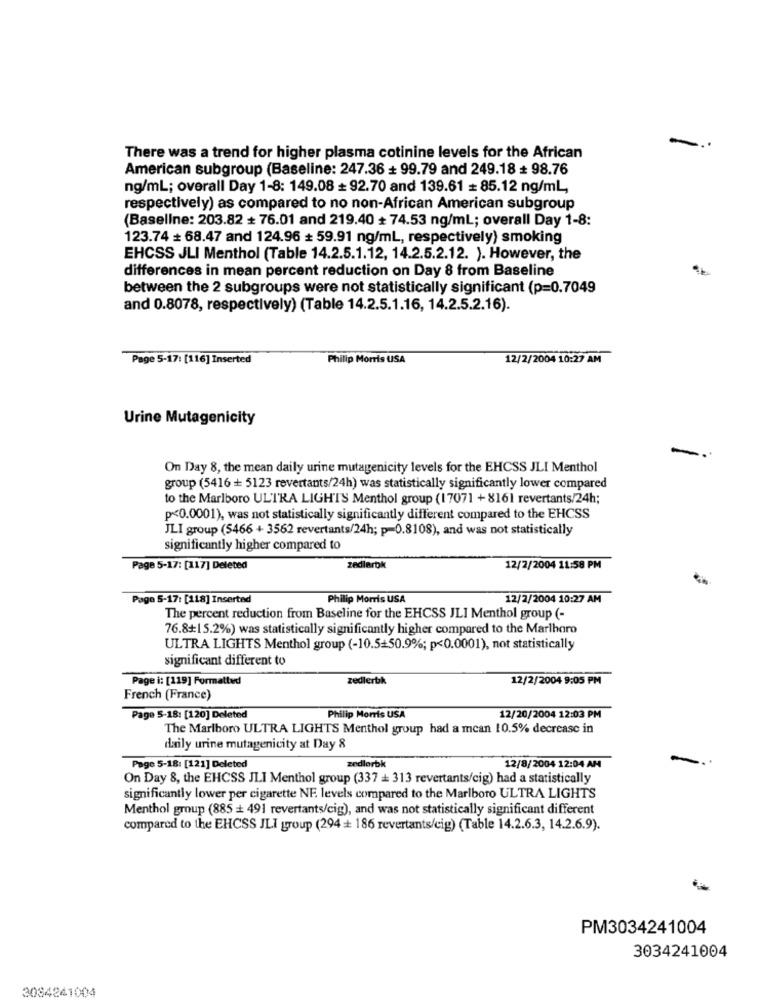
There was a trend for higher plasma cotinine levels for the African
American subgroup (Baseline: 247.36 + 99.79 and 249.18 + 98.76
ng/ml; overall Day 1-8: 149.08 = 92.70 and 139.61 # 85.12 ng/ml
respectively) as compared to no non-African American subgroup
(Baseline: 203.82 + 76.01 and 219.40 + 74.53 ng/ml; overall Day 1-8:
123.74 + 68.47 and 124.96 + 59.91 ng/ml, respectively) smoking
EHCSS JLI Menthol (Table 14.2.5.1.12, 14.2.5.2.12. ). However, the
differences in mean percent reduction on Day 8 from Baseline
between the 2 subgroups were not statistically significant (p=0.7049
and 0.8078, respectively) (Table 14.2.5.1.16, 14.2.5.2.16).
Page 5-17: [116] Inserted
Philip Morris USA
12/2/2004 10:27 AM
Urine Mutagenicity
On Day 8, the mean daily urine mutagenicity levels for the EHCSS JLI Menthol
group (5416 + 5123 revertants/24h) was statistically significantly lower compared
to the Marlboro ULTRA LIGHTS Menthol group (17071 +8161 revertants/24h;
p<0.0001), was not statistically significantly different compared to the EHCSS
JLI group (5466 + 3562 revertants/24h; p=0.8108), and was not statistically
significantly higher compared to
Page 5-17: [117] Deleted
zedlarbk
12/2/2004 11:58 PM
Pago 5-17: [118] Inserted
Philip Morris USA
12/2/2004 10:27 AM
The percent reduction from Baseline for the EHCSS JLI Menthol group (-
76.8+15.2%) was statistically significantly higher compared to the Marlharo
ULTRA LIGHTS Menthol group (-10.5+50.9%; p<0.0001), not statistically
significant different to
Page i: [119] Formatted
zedlerbk
12/2/2004 9:05 PM
French (France)
Page 5-18: [120] Deleted
Philip Morris USA
12/20/2004 12:03 PM
The Marlboro ULTRA LIGHTS Menthol group had a mean 10.5% decrease in
daily urine mutagenicity at Day 8
Page 5-18: [12] Deleted
zedlorbk
12/8/2004 12:04 AM
On Day 8, the EHCSS JLI Menthol group (337 + 313 revertants/cig) had a statistically
significantly lower per cigarette NF. levels compared to the Marlboro ULTRA LIGHTS
Menthol group (885 + 491 revertants/cig), and was not statistically significant different
compared to the EHCSS JLI group (294 + 186 revertants/cig) (Table 14.2.6.3, 14.2.6.9).
PM3034241004
3034241004
3084241004